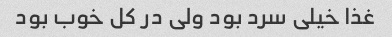
غذا خیلی سرد بود ولی در کل خوب بود